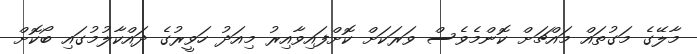
މާލޭގެ މަގުތައް މައްޗަށް ކޮންމެވެސް ވަރަކަށް ކޮށްފައިވާއިރު މިއަދު ހަވީރުގެ ދައްކާލުމުގައި ބޯކޮށް